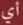
أي